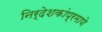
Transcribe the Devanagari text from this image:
निर्देशकांप्रमाणे